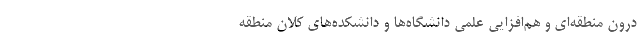
درون منطقه‌ای و هم‌افزایی علمی دانشگاه‌ها و دانشکده‌های کلان منطقه